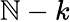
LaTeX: \mathbb{N}-k